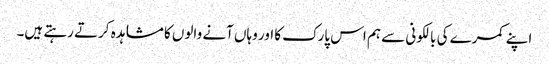
اپنے کمرے کی بالکونی سے ہم اس پارک کا اور وہاں آنے والوں کا مشاہدہ کرتے رہتے ہیں۔